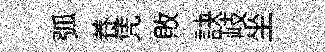
弧養凭敗訣岐坐